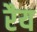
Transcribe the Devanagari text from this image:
रैय